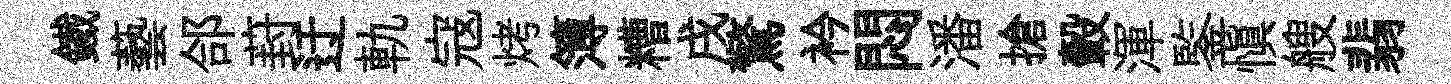
鐵藝郃葑迂軌寇烤簿糟戌驚衿悶潘搶轂渾鍳愼艘翡